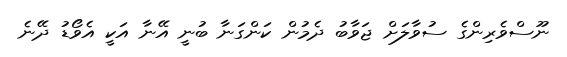
ނޫސްވެރިންގެ ސުވާލަށް ޖަވާބު ދެމުން ކަންގަނާ ބުނީ އޭނާ އަކީ އެވޯޑު ދޭނެ